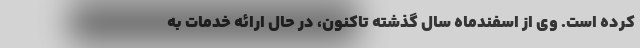
کرده است. وی از اسفندماه سال گذشته تاکنون، در حال ارائه خدمات به